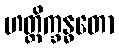
ဟတ္ထိက္ခန္ဓတော